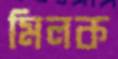
মিলক